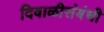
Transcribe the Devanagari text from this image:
दिवाळीसंबंधी